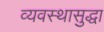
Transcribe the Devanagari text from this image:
व्यवस्थासुद्धा